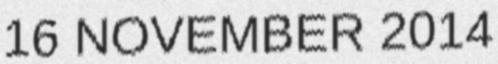
16 NOVEMBER 2014